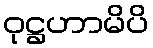
ဝုဋ္ဌဟာမိပိ